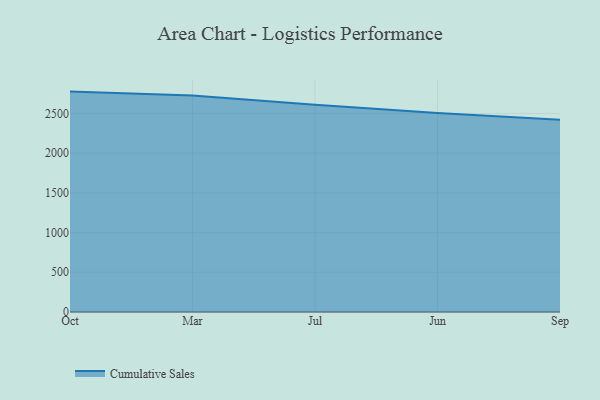
{"axis": {"x": "Month", "y": "Bounce Rate (%)"}, "legend": ["Cumulative Sales"], "data": [{"x": "Oct", "y": 2774.8, "type": "Cumulative Sales"}, {"x": "Mar", "y": 2725.4, "type": "Cumulative Sales"}, {"x": "Jul", "y": 2608.5, "type": "Cumulative Sales"}, {"x": "Jun", "y": 2504.7, "type": "Cumulative Sales"}, {"x": "Sep", "y": 2420.0, "type": "Cumulative Sales"}]}